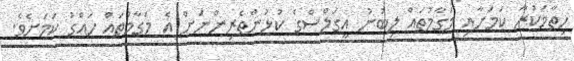
ހިތާމަކުރާ ކަމަށާއި މަގާމުތައް ލިބުނު އީގަލްސްގެ ކުޅުންތެރިންނަށް އެ މަގާމުތައް ހައްގު ކަމަށެވެ.